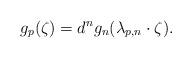
LaTeX: \begin{align*}g_p(\zeta)=d^ng_n(\lambda_{p,n}\cdot \zeta).\end{align*}